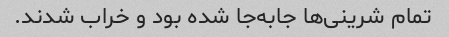
تمام شرینی‌ها جابه‌جا شده بود و خراب شدند‌.